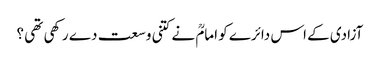
آزادی کے اس دائرے کو امامؒ نے کتنی وسعت دے رکھی تھی ؟